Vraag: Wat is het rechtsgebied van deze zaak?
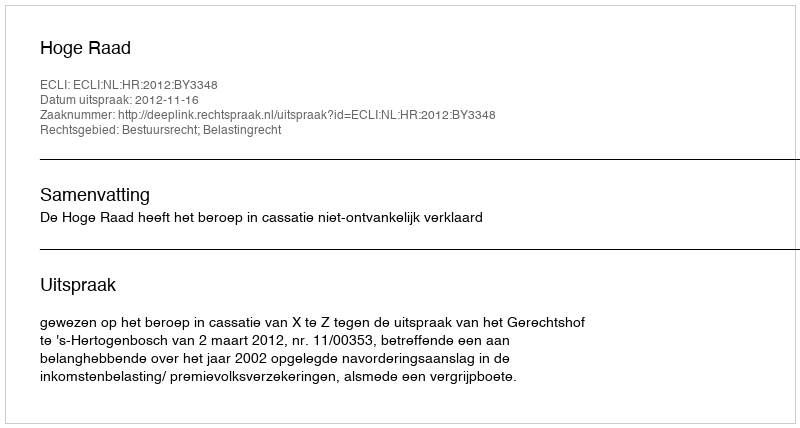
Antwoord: Bestuursrecht; Belastingrecht